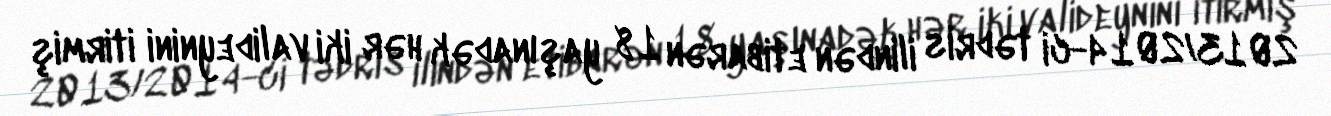
2013/2014-ci tədris ilindən etibarən 18 yaşınadək hər iki valideynini itirmiş